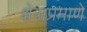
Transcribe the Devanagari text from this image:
क्षेत्राप्रमाणे